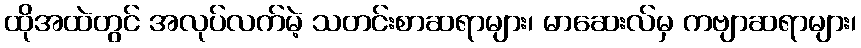
ထိုအထဲတွင် အလုပ်လက်မဲ့ သတင်းစာဆရာများ၊ မာဆေးလ်မှ ကဗျာဆရာများ၊